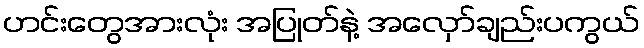
ဟင်းတွေအားလုံး အပြုတ်နဲ့ အလှော်ချည်းပကွယ်